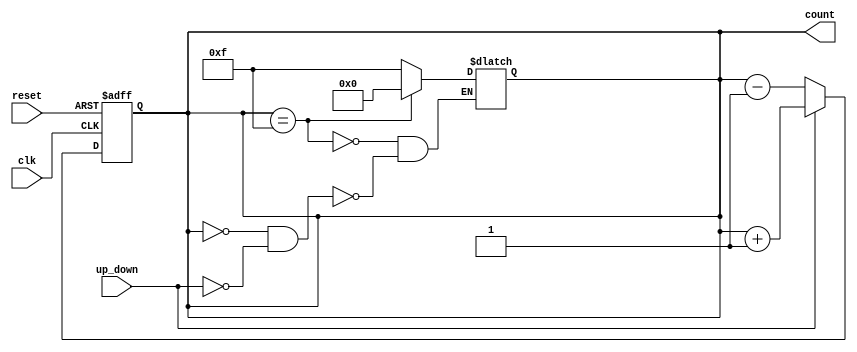
module async_counter (
    input wire clk,          // Clock input
    input wire reset,        // Asynchronous reset
    input wire up_down,      // Control signal for counting direction (1 for up, 0 for down)
    output reg [3:0] count   // 4-bit counter output
);
    
    // Flip-flops for the asynchronous counter
    always @(posedge clk or posedge reset) begin
        if (reset) begin
            count <= 4'b0000; // Reset the counter to 0000
        end else begin
            if (up_down) begin
                count <= count + 1; // Count up
            end else begin
                count <= count - 1; // Count down
            end
        end
    end

    // Ripple counting logic
    always @(count) begin
        if (count == 4'b1111) begin
            count <= 4'b0000; // Reset to 0000 if maximum is reached
        end else if (count == 4'b0000 && !up_down) begin
            count <= 4'b1111; // Wrap around to 1111 if counting down from 0000
        end
    end

endmodule